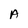
Character: A